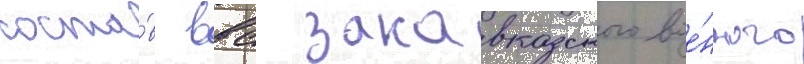
соста́в ввс закавказского вое́нного